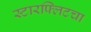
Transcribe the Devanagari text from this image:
स्टारफ्लिटचा